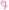
Text: 7